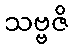
သဗ္ဗဇိ